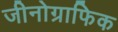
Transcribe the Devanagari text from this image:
जीनोग्राफिक